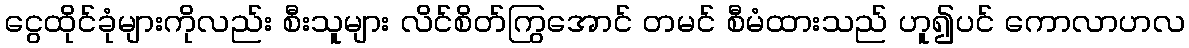
ငွေထိုင်ခုံများကိုလည်း စီးသူများ လိင်စိတ်ကြွအောင် တမင် စီမံထားသည် ဟူ၍ပင် ကောလာဟလ